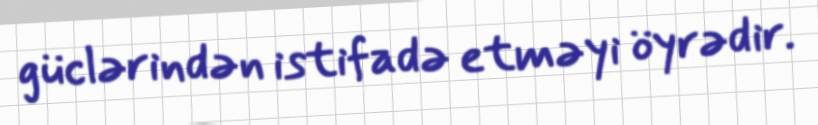
güclərindən istifadə etməyi öyrədir.